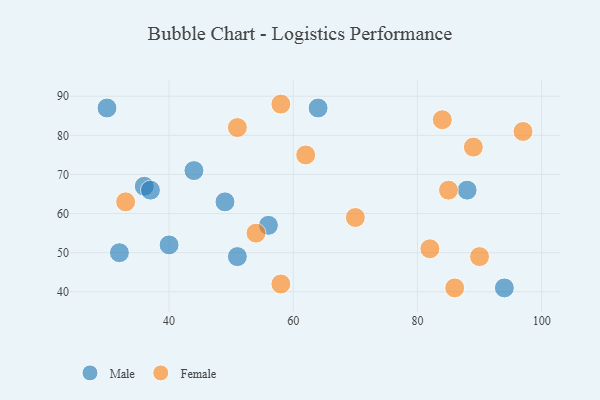
{"axis": {"x": "GDP", "y": "Life Expectancy"}, "legend": ["Female", "Male"], "data": [{"x": "44", "y": 71, "type": "Male"}, {"x": "88", "y": 66, "type": "Male"}, {"x": "30", "y": 87, "type": "Male"}, {"x": "36", "y": 67, "type": "Male"}, {"x": "49", "y": 63, "type": "Male"}, {"x": "56", "y": 57, "type": "Male"}, {"x": "51", "y": 49, "type": "Male"}, {"x": "40", "y": 52, "type": "Male"}, {"x": "32", "y": 50, "type": "Male"}, {"x": "64", "y": 87, "type": "Male"}, {"x": "94", "y": 41, "type": "Male"}, {"x": "37", "y": 66, "type": "Male"}, {"x": "82", "y": 51, "type": "Female"}, {"x": "62", "y": 75, "type": "Female"}, {"x": "51", "y": 82, "type": "Female"}, {"x": "33", "y": 63, "type": "Female"}, {"x": "58", "y": 88, "type": "Female"}, {"x": "54", "y": 55, "type": "Female"}, {"x": "90", "y": 49, "type": "Female"}, {"x": "85", "y": 66, "type": "Female"}, {"x": "58", "y": 42, "type": "Female"}, {"x": "70", "y": 59, "type": "Female"}, {"x": "89", "y": 77, "type": "Female"}, {"x": "84", "y": 84, "type": "Female"}, {"x": "97", "y": 81, "type": "Female"}, {"x": "86", "y": 41, "type": "Female"}]}